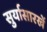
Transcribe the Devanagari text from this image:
सुर्यासारखें